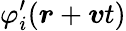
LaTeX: \varphi_{i}^{\prime}(\boldsymbol{r}+\boldsymbol{v}t)